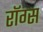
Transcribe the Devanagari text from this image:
रॉग्स